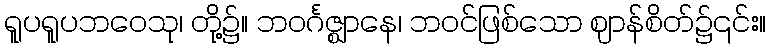
ရူပရူပဘဝေသု၊ တို့၌။ ဘဝင်္ဂဇ္ဈာနေ၊ ဘဝင်ဖြစ်သော ဈာန်စိတ်၌၎င်း။